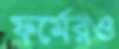
ফর্মেরও